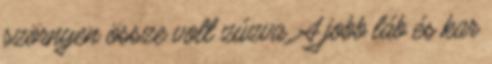
szörnyen össze volt zúzva. A jobb láb és kar